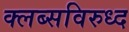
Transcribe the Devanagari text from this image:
क्लब्सविरुध्द